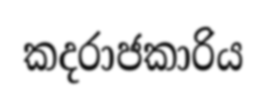
කදරාජකාරිය